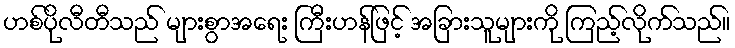
ဟစ်ပိုလီတီသည် များစွာအရေး ကြီးဟန်ဖြင့် အခြားသူများကို ကြည့်လိုက်သည်။